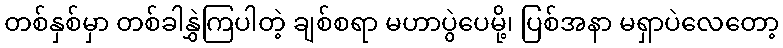
တစ်နှစ်မှာ တစ်ခါနွှဲကြပါတဲ့ ချစ်စရာ မဟာပွဲပေမို့၊ ပြစ်အနာ မရှာပဲလေတော့